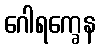
ဂေါရက္ခေန